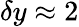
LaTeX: \delta y\approx 2